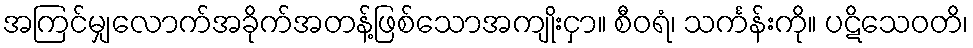
အကြင်မျှလောက်အခိုက်အတန့်ဖြစ်သောအကျိုးငှာ။ စီဝရံ၊ သင်္ကန်းကို။ ပဋိသေဝတိ၊